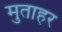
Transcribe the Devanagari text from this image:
मुताहर